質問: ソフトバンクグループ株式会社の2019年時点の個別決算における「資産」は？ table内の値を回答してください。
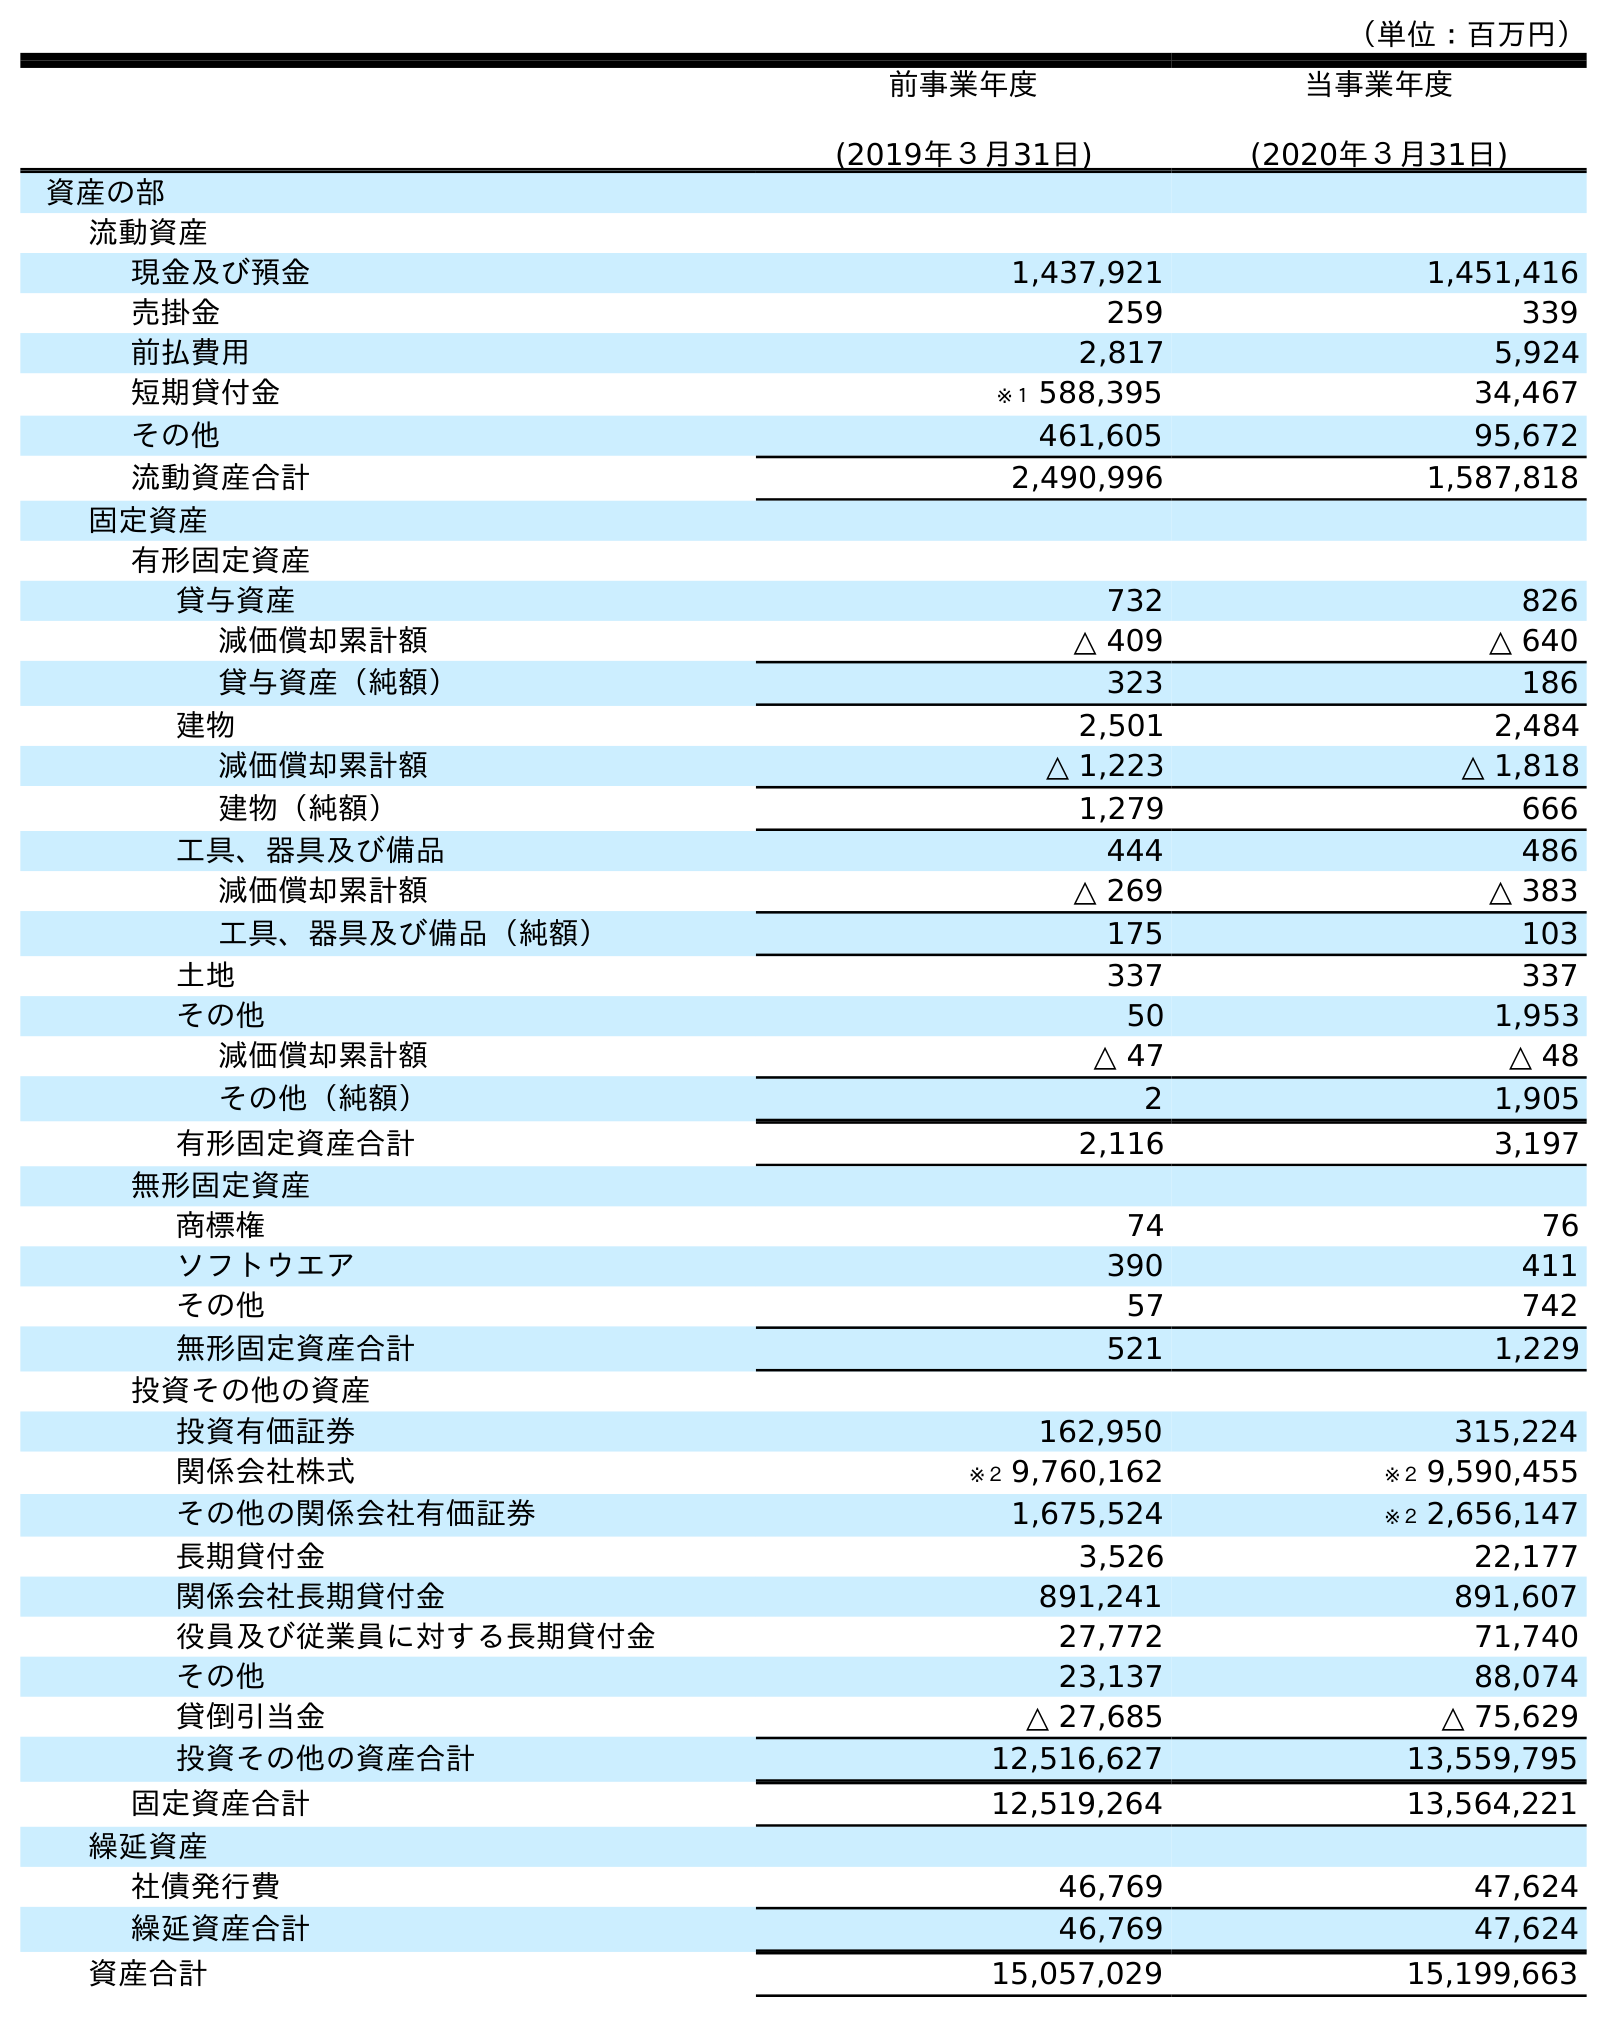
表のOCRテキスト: （単位：百万円） 前事業年度 (2019年３月31日) 当事業年度 (2020年３月31日) 資産の部 流動資産 現金及び預金 1,437,921 1,451,416 売掛金 259 339 前払費用 2,817 5,924 短期貸付金 ※１ 588,395 34,467 その他 461,605 95,672 流動資産合計 2,490,996 1,587,818 固定資産 有形固定資産 貸与資産 732 826 減価償却累計額 △ 409 △ 640 貸与資産（純額） 323 186 建物 2,501 2,484 減価償却累計額 △ 1,223 △ 1,818 建物（純額） 1,279 666 工具、器具及び備品 444 486 減価償却累計額 △ 269 △ 383 工具、器具及び備品（純額） 175 103 土地 337 337 その他 50 1,953 減価償却累計額 △ 47 △ 48 その他（純額） 2 1,905 有形固定資産合計 2,116 3,197 無形固定資産 商標権 74 76 ソフトウエア 390 411 その他 57 742 無形固定資産合計 521 1,229 投資その他の資産 投資有価証券 162,950 315,224 関係会社株式 ※２ 9,760,162 ※２ 9,590,455 その他の関係会社有価証券 1,675,524 ※２ 2,656,147 長期貸付金 3,526 22,177 関係会社長期貸付金 891,241 891,607 役員及び従業員に対する長期貸付金 27,772 71,740 その他 23,137 88,074 貸倒引当金 △ 27,685 △ 75,629 投資その他の資産合計 12,516,627 13,559,795 固定資産合計 12,519,264 13,564,221 繰延資産 社債発行費 46,769 47,624 繰延資産合計 46,769 47,624 資産合計 15,057,029 15,199,663
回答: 15,057,029